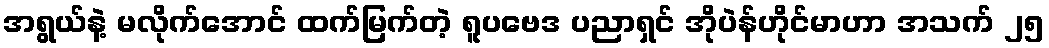
အရွယ်နဲ့ မလိုက်အောင် ထက်မြက်တဲ့ ရူပဗေဒ ပညာရှင် အိုပဲန်ဟိုင်မာဟာ အသက် ၂၅